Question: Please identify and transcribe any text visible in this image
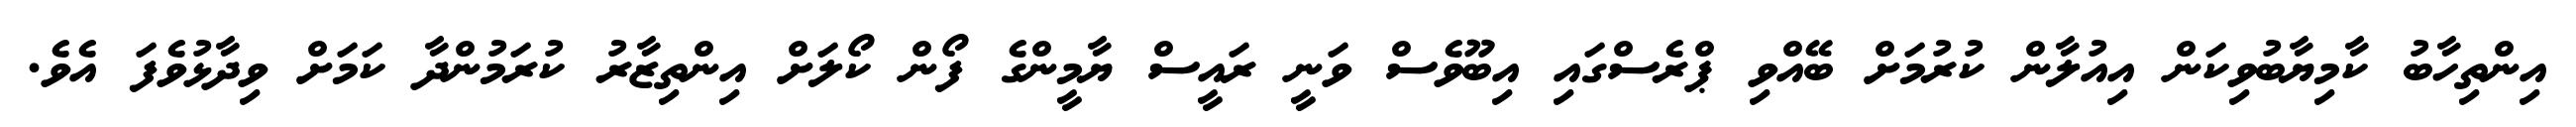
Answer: އިންތިހާބު ކާމިޔާބުވިކަން އިއުލާން ކުރުމަށް ބޭއްވި ޕްރެސްގައި އިބޫވެސް ވަނީ ރައީސް ޔާމީންގެ ފޯން ކޯލަށް އިންތިޒާރު ކުރަމުންދާ ކަމަށް ވިދާޅުވެފަ އެވެ.